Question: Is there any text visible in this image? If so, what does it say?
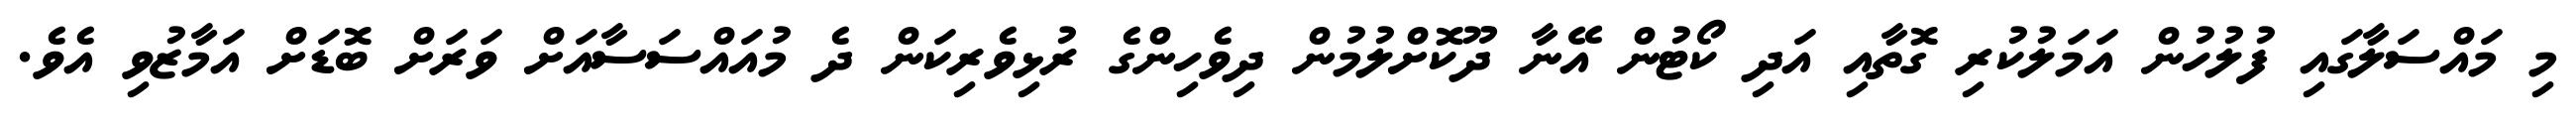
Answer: މި މައްސަލާގައި ފުލުހުން އަމަލުކުރި ގޮތާއި އަދި ކޯޓުން އޭނާ ދޫކޮށްލުމުން ދިވެހިންގެ ރުޅިވެރިކަން ދެ މުއައްސަސާއަށް ވަރަށް ބޮޑަށް އަމާޒުވި އެވެ.